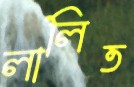
লালিত